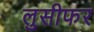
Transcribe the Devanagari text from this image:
लुसीफर